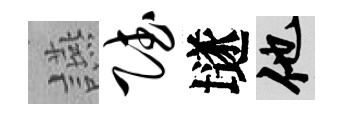
讌赋𡑞他